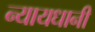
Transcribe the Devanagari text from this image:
न्यायधानी